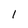
Character: 1